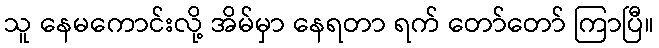
သူ နေမကောင်းလို့ အိမ်မှာ နေရတာ ရက် တော်တော် ကြာပြီ။